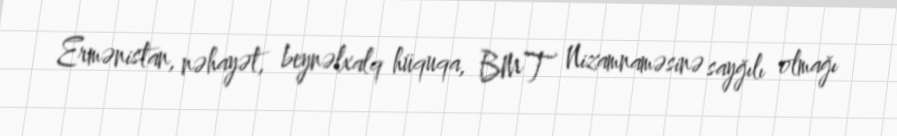
Ermənistan, nəhayət, beynəlxalq hüquqa, BMT Nizamnaməsinə sayğılı olmağı